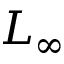
L _ { \infty }